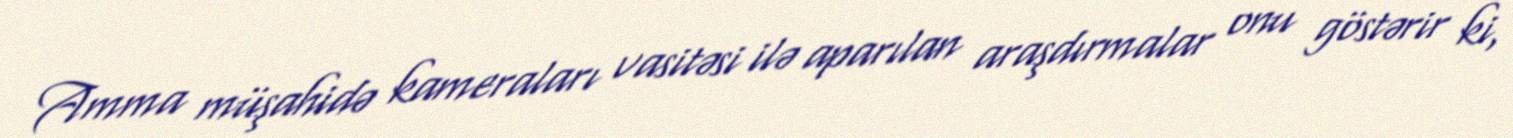
Amma müşahidə kameraları vasitəsi ilə aparılan araşdırmalar onu göstərir ki,